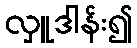
လှူဒါန်း၍